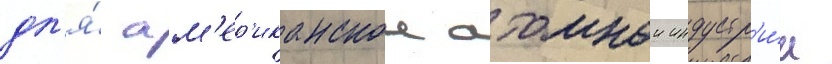
дл'я́ ам'ер'иканскои атомнои индустр'и́и